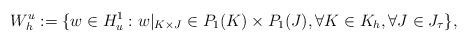
LaTeX: \begin{align*}W_h^u := \{ w \in H_u^1: w|_{K \times J} \in P_1(K) \times P_1(J), \forall K \in K_h, \forall J \in J_{\tau} \}, \end{align*}